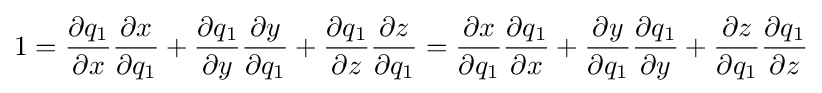
1={\dfrac {\partial q_{1}}{\partial x}}{\dfrac {\partial x}{\partial q_{1}}}+{\dfrac {\partial q_{1}}{\partial y}}{\dfrac {\partial y}{\partial q_{1}}}+{\dfrac {\partial q_{1}}{\partial z}}{\dfrac {\partial z}{\partial q_{1}}}={\dfrac {\partial x}{\partial q_{1}}}{\dfrac {\partial q_{1}}{\partial x}}+{\dfrac {\partial y}{\partial q_{1}}}{\dfrac {\partial q_{1}}{\partial y}}+{\dfrac {\partial z}{\partial q_{1}}}{\dfrac {\partial q_{1}}{\partial z}}